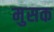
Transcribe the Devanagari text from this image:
मुसक